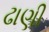
ઢાણી